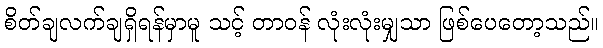
စိတ်ချလက်ချရှိရန်မှာမူ သင့် တာဝန် လုံးလုံးမျှသာ ဖြစ်ပေတော့သည်။